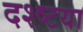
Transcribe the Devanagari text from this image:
दश्ष्टया